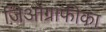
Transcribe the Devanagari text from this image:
जिओग्राफीका